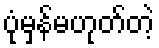
ပုံမှန်မဟုတ်တဲ့